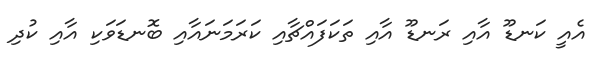
އެއީ ކަނޑޫ އާއި ރަނޑޫ އާއި ތަކަފައްޗާއި ކަރަމަނައާއި ބޮނޑަވަކި އާއި ކުދި